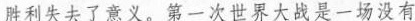
胜利失去了意义。第一次世界大战是一场没有